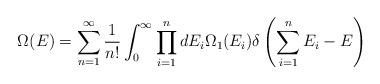
LaTeX: \begin{align*}\Omega(E)=\sum_{n=1}^{\infty}\frac{1}{n!}\int_0^{\infty}\prod_{i=1}^{n}dE_i\Omega_1(E_i)\delta\left(\sum_{i=1}^{n}E_i-E\right)\end{align*}